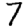
Digit: 7